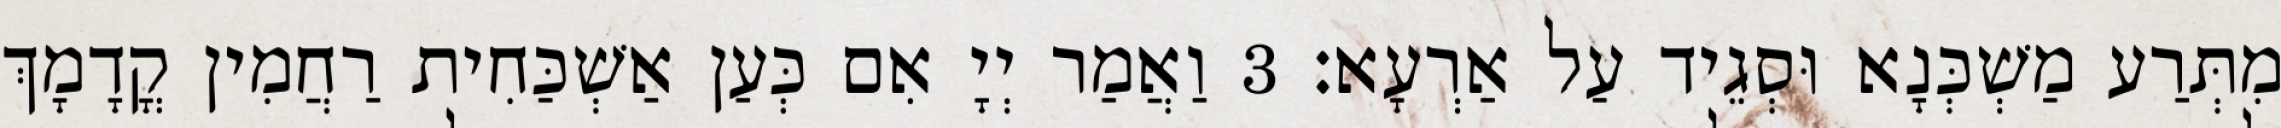
מִתְּרַע מַשְׁכְּנָא וּסְגֵיד עַל אַרְעָא׃ 3 וַאֲמַר יְיָ אִם כְּעַן אַשְׁכַּחִית רַחֲמִין קֳדָמָךְ